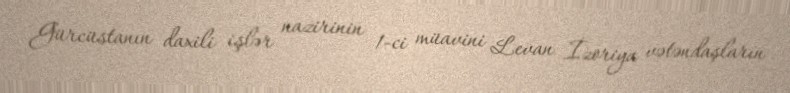
Gürcüstanın daxili işlər nazirinin 1-ci müavini Levan İzoriya vətəndaşların